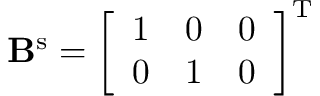
\mathbf { B } ^ { \mathrm { s } } = \left[ \begin{array} { l l l } { 1 } & { 0 } & { 0 } \\ { 0 } & { 1 } & { 0 } \end{array} \right] ^ { \mathrm { T } }